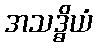
အသဒ္ဓိယံ